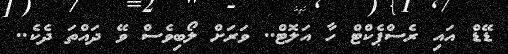
ޑޭޑް އައި ރެސްޕެކްޓް ހާ އަލޮޓް.. ވަރަށް ލޯބިވެސް ވޭ ދައްތަ ދެކެ..